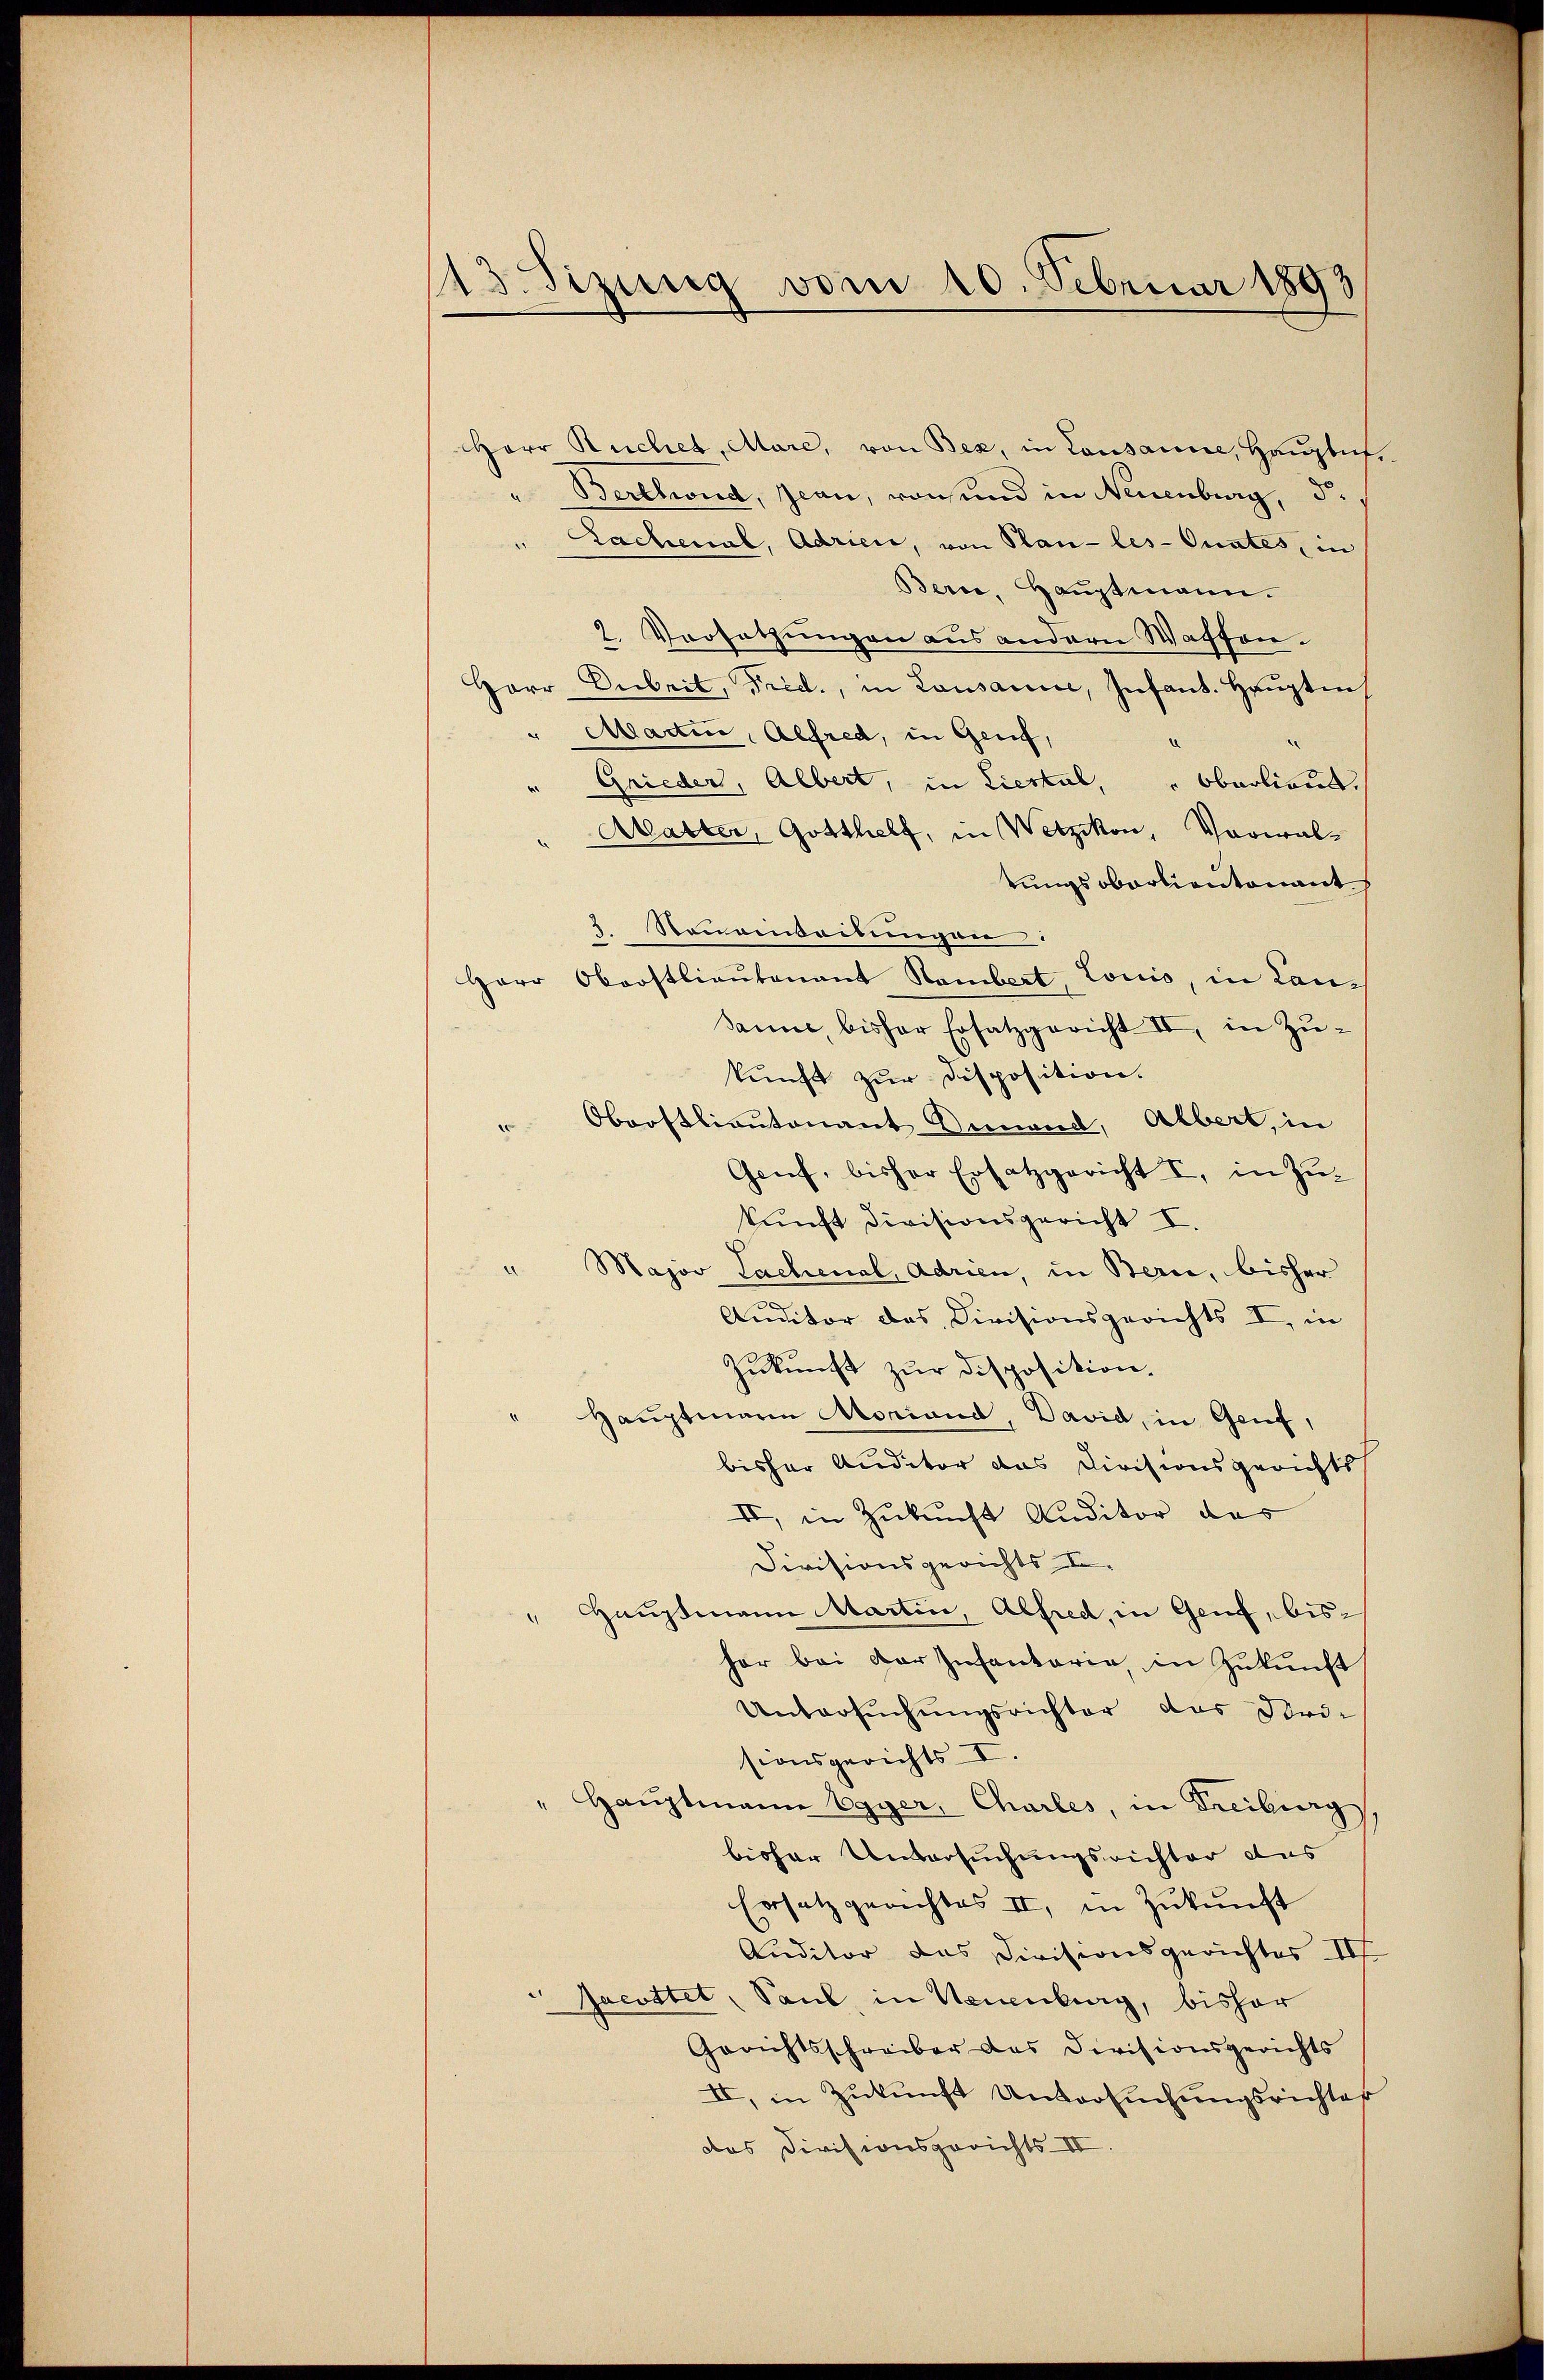
13 Sizung vom 10. Februar 1893

Herr Ruches, Aare, von Bex, in Lausanne, Hauglich,
"Berchwird, Jean, von und in Neuenburg, d
Sachenal, Adrien, von Plan-les-Orates, in
Bern, Hauptmann.
2. Vorsatzungen aus andern Wassen.
Harr Arbeit, Frid., in Lausanne, Infant. Hauptm
Martin, Alfred, in Genf,
Grieder, Albert, in Liestal, " Oberlieut.
Abatter, Gotthelf, in Wetzikon, Vorwalrungsoborlieutenant
3. Steuerbeitungen:
Herr Oberstlieutenant Hambert, Louis, in Lan¬
Sanne, bisher Ersatzgericht II, in Zu-
kunft zur Disposition.
Oberstlieutenant Deinend, Albert, in
e
Genf, bisher Ersatzgericht I, in Zŭ-
kunft Divisionsgericht I.
Major Sachenal, Adrien, in Bern, bisher
Auditor des Divisionsgerichts I, in
Zŭkŭnft zur Disposition.
Hauptmann Moriand, David, in Genf,
bisher Auditor das Divisionsgerichts
II, in Zukunft Auditor das
Divisionsgerichts II.
" Hauptmann Martin, Alfred, in Genf, bis
hor bei der Infantaria, in Zukunft
Untersuchungsrichter das Dori-
sionsgerichts II.
" Hauptmann Egger, Charles, in Freiburg
bisher Untersuchungsrichter das
Ersatz gerichtes II, in Zukunft
Auditor das Divisionsgerichtes III
Jacottet, Saul, in Neuenburg, bisher
Gerichtsschreiber das Divisionsgerichts
II, in Zukunft Untersuchungsrichter
das Divisionsgerichts- II